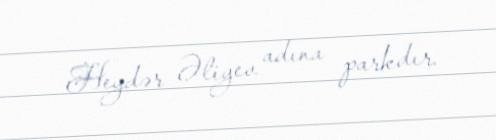
Heydər Əliyev adına parkdır.